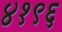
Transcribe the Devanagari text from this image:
४१९६